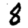
Digit: 8